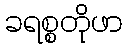
ခရစ္စတိုဖာ